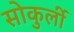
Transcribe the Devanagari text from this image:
सोकुर्ली